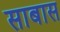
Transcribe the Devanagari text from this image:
साबास